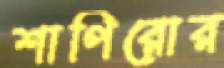
শাপিরোর